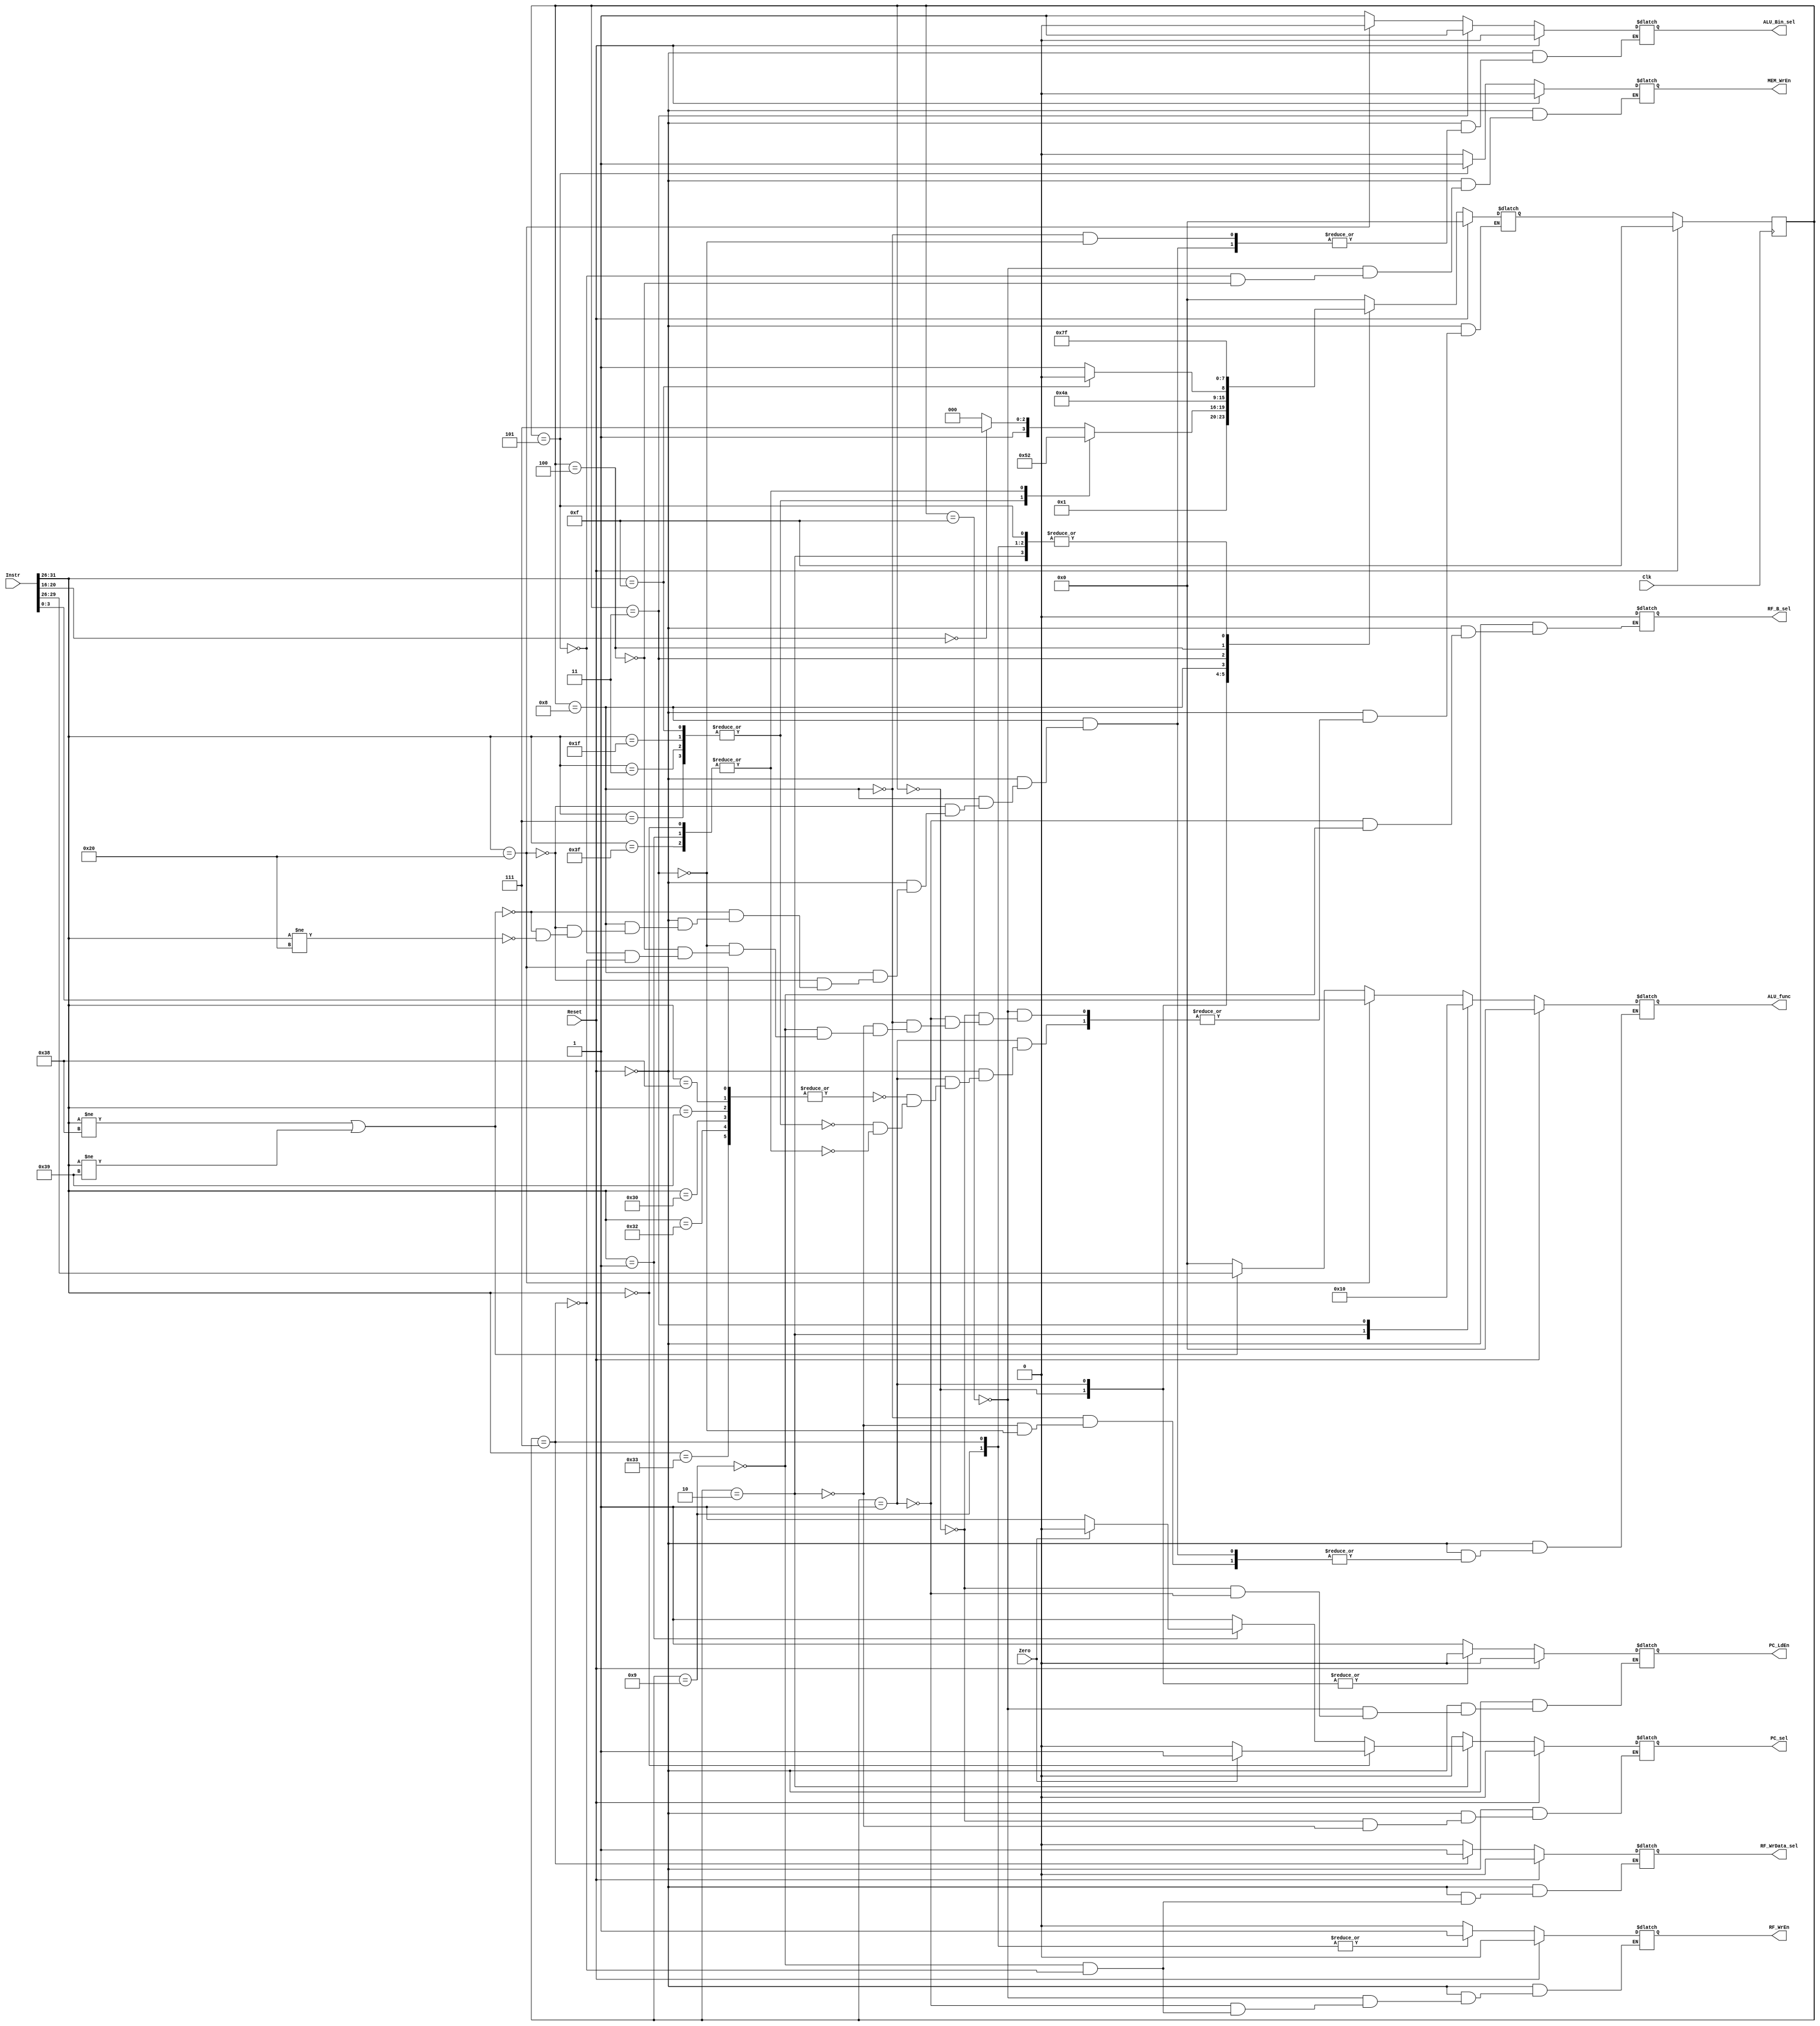
module controller(
output reg PC_sel,
    output reg PC_LdEn,
    output reg RF_WrData_sel,
    output reg RF_B_sel,
    output reg RF_WrEn,
    output reg ALU_Bin_sel,
    output reg [3:0] ALU_func,
    output reg MEM_WrEn,
    input [31:0] Instr,
    input Zero,
    input Clk,
    input Reset
);

//stages for the next stage logic, each stage has a seperate code
localparam i_fetch=4'b0000;
localparam PC_update=4'b1111;
localparam decode_rr=4'b0001;
localparam branch=4'b0010;
localparam mem_addr=4'b0011;
localparam mem_rd=4'b0100;
localparam mem_wr=4'b0101;
localparam ld_wb=4'b0111;
localparam alu_exec=4'b1000;
localparam alu_wb=4'b1001;

// opcodes :
/* R-TYPE */
localparam R_TYPE = 6'b100000; //R_Type  
// add,sub,or,and, operations with rt register
localparam AND=4'b0010;
localparam OR=4'b0011;
localparam SUB=4'b0001;
localparam ADD=4'b0000;
//memory commands commands
localparam SW=6'b011111;
localparam LW=6'b001111;
localparam LB=6'b000011;
localparam SB=6'b000111;
// li,lui,addi,andi, ori
localparam LI=6'b111000;
localparam LUI=6'b111001;
localparam ADDI=6'b110000;
localparam ANDI=6'b110010;
localparam ORI=6'b110011;
//branch commands opcodes
localparam B=6'b111111;
localparam BEQ=6'b000000;
localparam BNE=6'b000001;


reg [3:0] current_stage, next_stage;


//next stage logic
always @(Instr or Reset or current_stage) begin:NEXT_STAGE_LOGIC
      if (Reset) 
            next_stage = i_fetch;
		else 
		   begin	
		   case(current_stage)
			   PC_update:  next_stage=i_fetch;
				i_fetch: next_stage=decode_rr;
				decode_rr: case(Instr[31:26]) 
								R_TYPE,LI,LUI,ADDI,ANDI,ORI:begin
									if (Instr[20:16] == 5'b00000) //if rd==0 skip this command(i_fetch means grab next command)
											next_stage = PC_update;
										else
											next_stage = alu_exec;
										end
								LW,SW,LB,SB:next_stage=mem_wr;
								B,BEQ,BNE:next_stage=branch;
								default:$display("You suck!");
				            endcase
				alu_exec:next_stage=alu_wb;					     
			   branch:next_stage=PC_update;
			   alu_wb:next_stage=PC_update;
				mem_addr: begin
							if(Instr[31:26]==LW)
							   next_stage=mem_rd;
							else 
								next_stage=mem_wr;
								end
				mem_rd:next_stage=ld_wb;
				mem_wr:next_stage=PC_update;
				ld_wb:next_stage=PC_update;
			endcase  
			end//end else case
end//end always


	
always@(posedge Clk) begin:STATE_REGISTER;


 if(Reset)
		 current_stage<=PC_update;
		 else
		 current_stage<=next_stage;
		 end

always@(Instr or Reset or Zero or current_stage) begin:OUTPUTS_LOGIC

   if (Reset) begin
	        PC_sel=1'b0;
			  PC_LdEn=1'b0;
			  RF_WrData_sel=1'b0;
			  RF_B_sel=1'b0;
			  RF_WrEn=1'b0;
			  MEM_WrEn=1'b0;
			  ALU_Bin_sel=1'b0;
			  ALU_func=0;
	end
	else 
	 begin
    case(current_stage)
	 PC_update: begin 
			  PC_LdEn=1'b1;
			  RF_WrEn=1'b0;
			  MEM_WrEn=1'b0;
           end
	i_fetch:begin 
	        PC_LdEn=0;//Read new command from IMEM, disable PC_LdEn
           PC_sel=0;	
			  end
	decode_rr: begin //read A=RF[$rs],B=RF[$rt]
			  RF_B_sel=1'b0;
			  PC_LdEn=1'b0;
			  RF_WrEn=1'b0; // it is read stage not write
             end	
	alu_exec: begin // perform operation according to ALU_func
			  if(Instr[31:26]==R_TYPE) begin
			     ALU_Bin_sel=1'b0; 
				    ALU_func=Instr[3:0]; end//operations with both registers A and B
			  else if( Instr[31:26]!=LI || Instr[31:26]!=LUI ) begin//ADDI,ORI,ANDI
			    ALU_Bin_sel=1; 
				 ALU_func=Instr[29:26];   
				 end //operations only with A and Immediate:ADDI,ANDI,ORI
			  else if (Instr[31:26]!=R_TYPE) begin
			    ALU_Bin_sel=1'b1;
				 ALU_func=ADD; end
			  else
             $display("[%t] Should not be here!",$time);			  
			  
			        end
	branch: begin 
			  ALU_func=SUB;
			  if(Instr[31:26]==BEQ) begin // beq command 
				  if(Zero)
					  PC_sel=1'b1; //PC+4+Imm<<2
				  else 
					  PC_sel=1'b0; // PC+4
					            end
			  else if(Instr[31:26]==BNE) begin //bne command
						  if(!Zero)
							  PC_sel=1'b1; //PC+4+Imm<<2
						  else 
							  PC_sel=1'b0;//PC+4
			                       end
			  else 
			      PC_sel=1;
				end	// branch command: PC=PC+4+Immediate<<2
	 alu_wb: begin //write output of ALU_out to RF[$rd]
			  RF_WrData_sel=1'b0; //ALU_out write
			  RF_B_sel=1'b0; 
			  RF_WrEn=1'b1;//write
           end
    mem_addr: //add immediate and A (LW)
           begin 
			  ALU_func=ADD;
			  ALU_Bin_sel=1'b1;
           end	 
	 mem_wr:begin //enable write to memory to store B contexts wherever alu_out adress points to
			  MEM_WrEn=1'b1;
           end
	 mem_rd:MEM_WrEn=1'b0; // just read alu_out from memory
	 ld_wb:begin	// write alu_out in register file, to RF[$rd]
			  RF_WrData_sel=1'b1;
			  RF_WrEn=1'b1;
	       end
endcase	
end
end
     

						  
						  
						  
endmodule